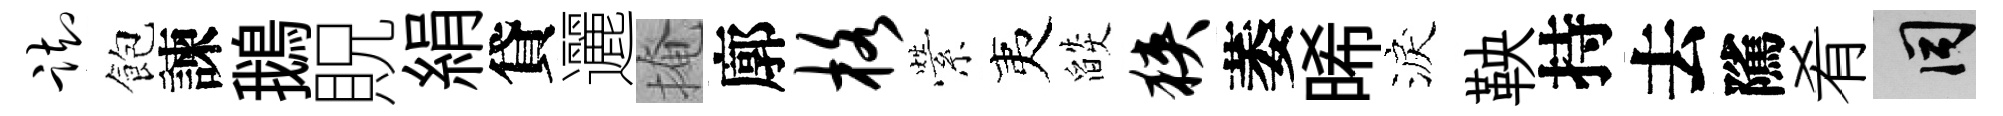
踟飽諫鵝貺絹貸邐掩廓格縈夷燄狭萎晞淚鞅持去隲肴间